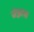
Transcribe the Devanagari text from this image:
जेन्नास